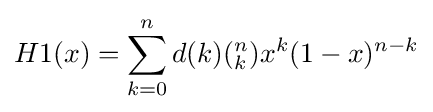
H1(x)=\sum _{k=0}^{n}d(k)(_{k}^{n})x^{k}(1-x)^{n-k}